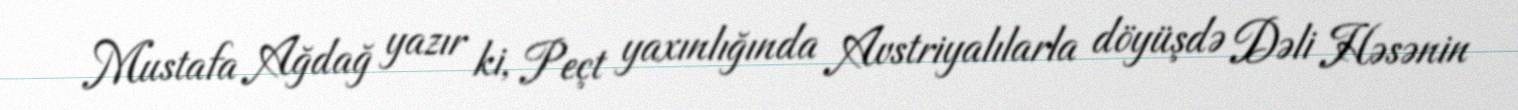
Mustafa Ağdağ yazır ki, Peçt yaxınlığında Avstriyalılarla döyüşdə Dəli Həsənin